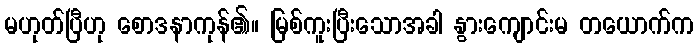
မဟုတ်ပြီဟု စောဒနာကုန်၏။ မြစ်ကူးပြီးသောအခါ နွားကျောင်းမ တယောက်က